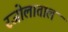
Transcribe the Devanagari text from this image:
रजोलाताल